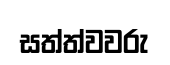
සත්ත්වවරු